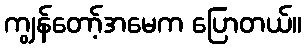
ကျွန်တော့်အမေက ပြောတယ်။